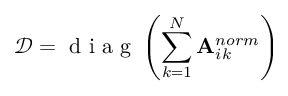
\mathcal { D } = \mathrm { ~ d ~ i ~ a ~ g ~ } \left( \sum _ { k = 1 } ^ { N } \mathbf { A } _ { i k } ^ { n o r m } \right)